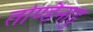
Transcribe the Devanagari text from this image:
तोण्डैनाडु